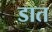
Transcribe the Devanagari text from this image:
डात